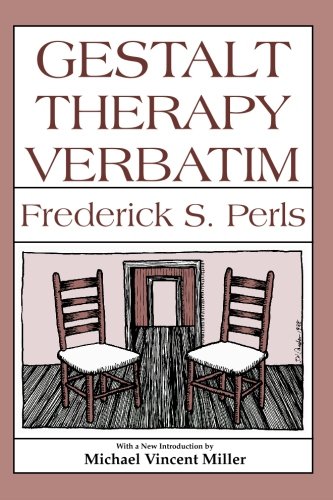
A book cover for Gestalt Therapy Verbatim; Frederick S. Perls; Science & Math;